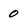
Character: 0